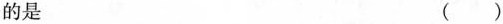
的是 ()